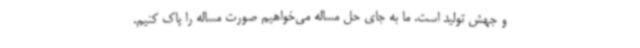
و جهش تولید است. ما به جای حل مساله می‌خواهیم صورت مساله را پاک کنیم.